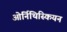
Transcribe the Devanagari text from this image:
ओर्निथिस्कियन